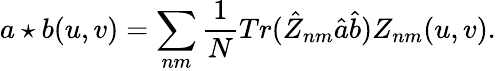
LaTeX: a\star b(u,v)=\sum_{nm}\frac{1}{N}Tr(\hat{Z}_{nm}\hat{a}\hat{b})Z_{nm}(u,v).